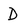
Character: D